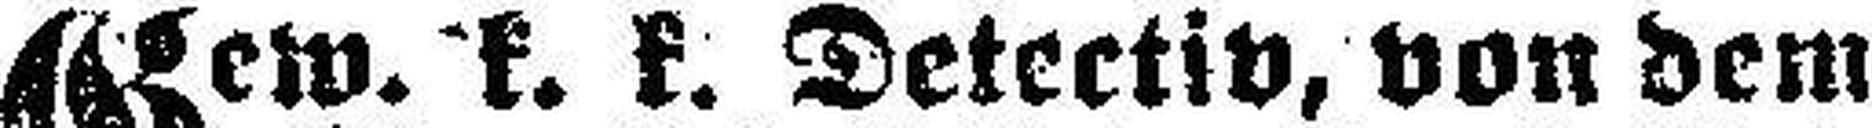
Gew. k. k. Detectiv, von dem